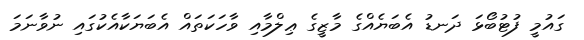
ގައުމީ ފުޓުބޯޅަ ދަނޑު އެބަޔެއްގެ މާޒީގެ ޢިލްމާއި ވާހަކަތައް އެބަޔަކާއެކުގައި ނުވާނަމަ